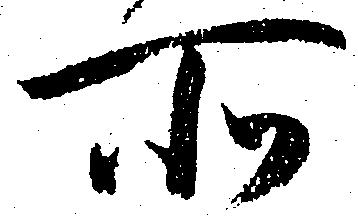
所